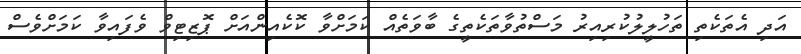
އަދި އެތަކެތި ތަހުލީލުކުރިއިރު މަސްތުވާތަކެތީގެ ބާވަތެއް ކަމަށްވާ ކޮކެއިންއަށް ޕޮޒިޓިވް ވެފައިވާ ކަމަށްވެސް